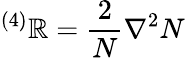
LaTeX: ^{\left(4\right)}\mathbb{R}=\frac{{2}}{{N}}\nabla^{2}N